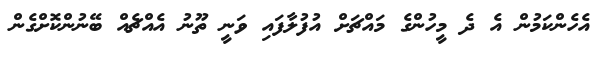
އެހެންކަމުން އެ ދެ މީހުންގެ މައްޗަށް އުފުލާފައި ވަނީ ތޫނު އެއްޗެއް ބޭނުންކޮށްގެން